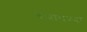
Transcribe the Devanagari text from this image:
बचावण्या